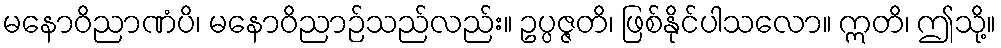
မနောဝိညာဏံပိ၊ မနောဝိညာဉ်သည်လည်း။ ဥပ္ပဇ္ဇတိ၊ ဖြစ်နိုင်ပါသလော။ ဣတိ၊ ဤသို့။